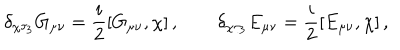
LaTeX: \delta _ { \chi \tau _ { 3 } } G _ { \mu \nu } = \frac i 2 [ G _ { \mu \nu } , \chi ] \, , \qquad \delta _ { \chi \tau _ { 3 } } E _ { \mu \nu } = \frac i 2 [ E _ { \mu \nu } , \chi ] \, ,